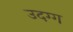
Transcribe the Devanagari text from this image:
उदग्ग